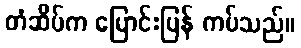
တံဆိပ်က ပြောင်းပြန် ကပ်သည်။